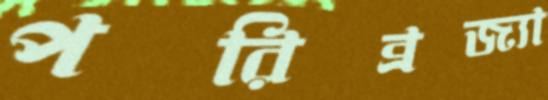
পরিব্রজ্যা